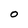
Character: o